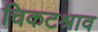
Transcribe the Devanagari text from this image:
चिकटश्राव